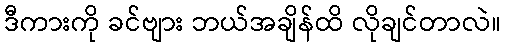
ဒီကားကို ခင်ဗျား ဘယ်အချိန်ထိ လိုချင်တာလဲ။